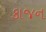
કાજન